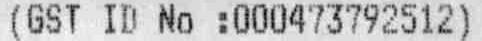
(GST ID NO :000473792512)